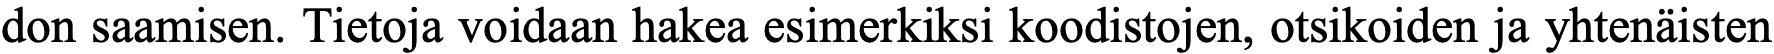
don saamisen. Tietoja voidaan hakea esimerkiksi koodistojen, otsikoiden ja yhtenäisten